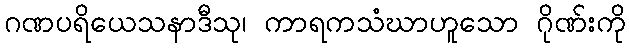
ဂဏပရိယေသနာဒီသု၊ ကာရကသံဃာဟူသော ဂိုဏ်းကို